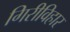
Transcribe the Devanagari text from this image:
गिरीविहार